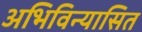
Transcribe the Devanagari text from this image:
अभिविन्यासित